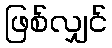
ဖြစ်လျှင်